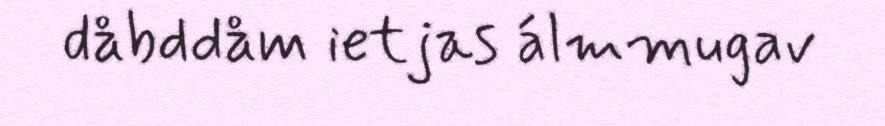
dåbddåm ietjas álmmugav